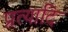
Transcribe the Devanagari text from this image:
प्रत्यादि